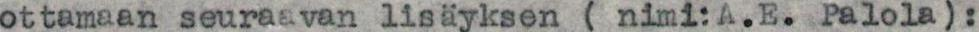
ottamaan seuraavan lisäyksen ( nimi:A.E. Palola):